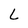
Character: L